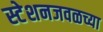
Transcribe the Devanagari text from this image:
स्टेशनजवळच्या